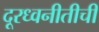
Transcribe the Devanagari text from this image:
दूरध्वनीतीची